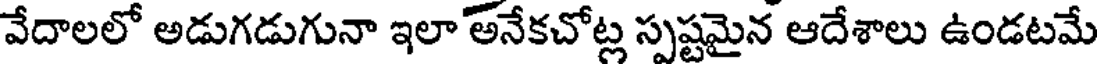
వేదాలలో అడుగడుగునా ఇలా అనేకచోట్ల స్పష్టమైన ఆదేశాలు ఉండటమే